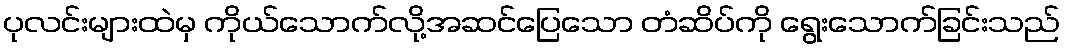
ပုလင်းများထဲမှ ကိုယ်သောက်လို့အဆင်ပြေသော တံဆိပ်ကို ရွေးသောက်ခြင်းသည်